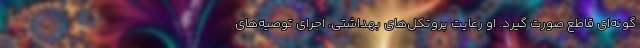
‌گونه‌ای قاطع صورت گیرد. او رعایت پروتکل‌های بهداشتی، اجرای توصیه‌های